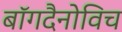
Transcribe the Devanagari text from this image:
बॉगदैनोविच